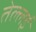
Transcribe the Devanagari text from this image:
तेल्लई